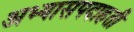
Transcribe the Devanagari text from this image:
अभ्यासपदाहती